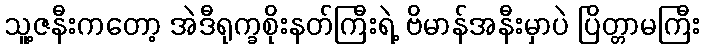
သူ့ဇနီးကတော့ အဲဒီရုက္ခစိုးနတ်ကြီးရဲ့ ဗိမာန်အနီးမှာပဲ ပြိတ္တာမကြီး